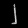
Digit: ၂